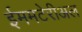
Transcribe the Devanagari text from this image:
ईममटेरीअल